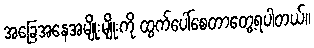
အခြေအနေအမျိုးမျိုးကို ထွက်ပေါ်စေတာတွေ့ရပါတယ်။